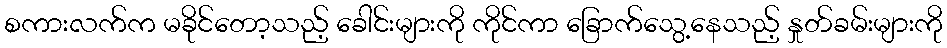
စကားလက်က မခိုင်တော့သည့် ခေါင်းများကို ကိုင်ကာ ခြောက်သွေ့နေသည့် နှုတ်ခမ်းများကို